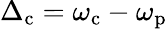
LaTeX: \Delta_{\mathrm{c}}=\omega_{\mathrm{c}}-\omega_{\mathrm{p}}